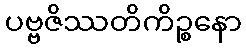
ပဗ္ဗဇိဿတိကိဉ္စနော